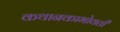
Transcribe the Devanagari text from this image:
कथानकाभोवती